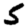
Digit: 5